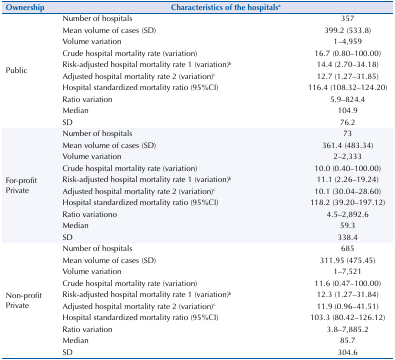
<table><thead><tr><td><b>Ownership</b></td><td colspan="2"><b>Characteristics of the hospitals<sup>a</sup></b></td></tr></thead><tbody><tr><td rowspan="10">Public</td><td>Number of hospitals</td><td>357</td></tr><tr><td>Mean volume of cases (SD)</td><td>399.2 (533.8)</td></tr><tr><td>Volume variation</td><td>1–4,959</td></tr><tr><td>Crude hospital mortality rate (variation)</td><td>16.7 (0.80–100.00)</td></tr><tr><td>Risk-adjusted hospital mortality rate 1 (variation)<sup>b</sup></td><td>14.4 (2.70–34.18)</td></tr><tr><td>Adjusted hospital mortality rate 2 (variation)<sup>c</sup></td><td>12.7 (1.27–31.85)</td></tr><tr><td>Hospital standardized mortality ratio (95%CI)</td><td>116.4 (108.32–124.20)</td></tr><tr><td>Ratio variation</td><td>5.9–824.4</td></tr><tr><td>Median</td><td>104.9</td></tr><tr><td>SD</td><td>76.2</td></tr><tr><td rowspan="10">For-profit Private</td><td>Number of hospitals</td><td>73</td></tr><tr><td>Mean volume of cases (SD)</td><td>361.4 (483.34)</td></tr><tr><td>Volume variation</td><td>2–2,333</td></tr><tr><td>Crude hospital mortality rate (variation)</td><td>10.0 (0.40–100.00)</td></tr><tr><td>Risk-adjusted hospital mortality rate 1 (variation)<sup>b</sup></td><td>11.1 (2.26–19.24)</td></tr><tr><td>Adjusted hospital mortality rate 2 (variation)<sup>c</sup></td><td>10.1 (30.04–28.60)</td></tr><tr><td>Hospital standardized mortality ratio (95%CI)</td><td>118.2 (39.20–197.12)</td></tr><tr><td>Ratio variationo</td><td>4.5–2,892.6</td></tr><tr><td>Median</td><td>59.3</td></tr><tr><td>SD</td><td>338.4</td></tr><tr><td rowspan="10">Non-profit Private</td><td>Number of hospitals</td><td>685</td></tr><tr><td>Mean volume of cases (SD)</td><td>311.95 (475.45)</td></tr><tr><td>Volume variation</td><td>1–7,521</td></tr><tr><td>Crude hospital mortality rate (variation)</td><td>11.6 (0.47–100.00)</td></tr><tr><td>Risk-adjusted hospital mortality rate 1 (variation)<sup>b</sup></td><td>12.3 (1.27–31.84)</td></tr><tr><td>Adjusted hospital mortality rate 2 (variation)<sup>c</sup></td><td>11.9 (0.96–41.51)</td></tr><tr><td>Hospital standardized mortality ratio (95%CI)</td><td>103.3 (80.42–126.12)</td></tr><tr><td>Ratio variation</td><td>3.8–7,885.2</td></tr><tr><td>Median</td><td>85.7</td></tr><tr><td>SD</td><td>304.6</td></tr></tbody></table>